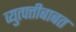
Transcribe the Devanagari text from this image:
व्युत्पत्तीबाबत